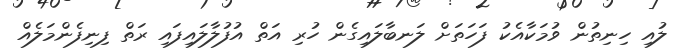
ލުއި ހިނިތުން ވުމަކާއެކު ފަހަތަށް ލަނބާލައިގެން ހުރި އަތް އުފުލާލައިފައި ރަތް ފިނިފެންމަލެއް